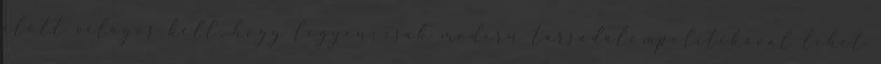
előtt világos kell, hogy legyen: csak modern társadalompolitikával lehet